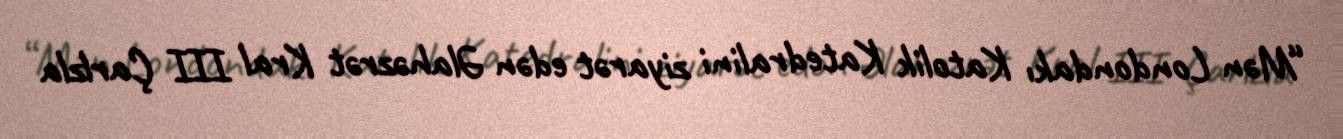
“Mən Londondakı Katolik Katedralini ziyarət edən Əlahəzrət Kral III Çarlzla